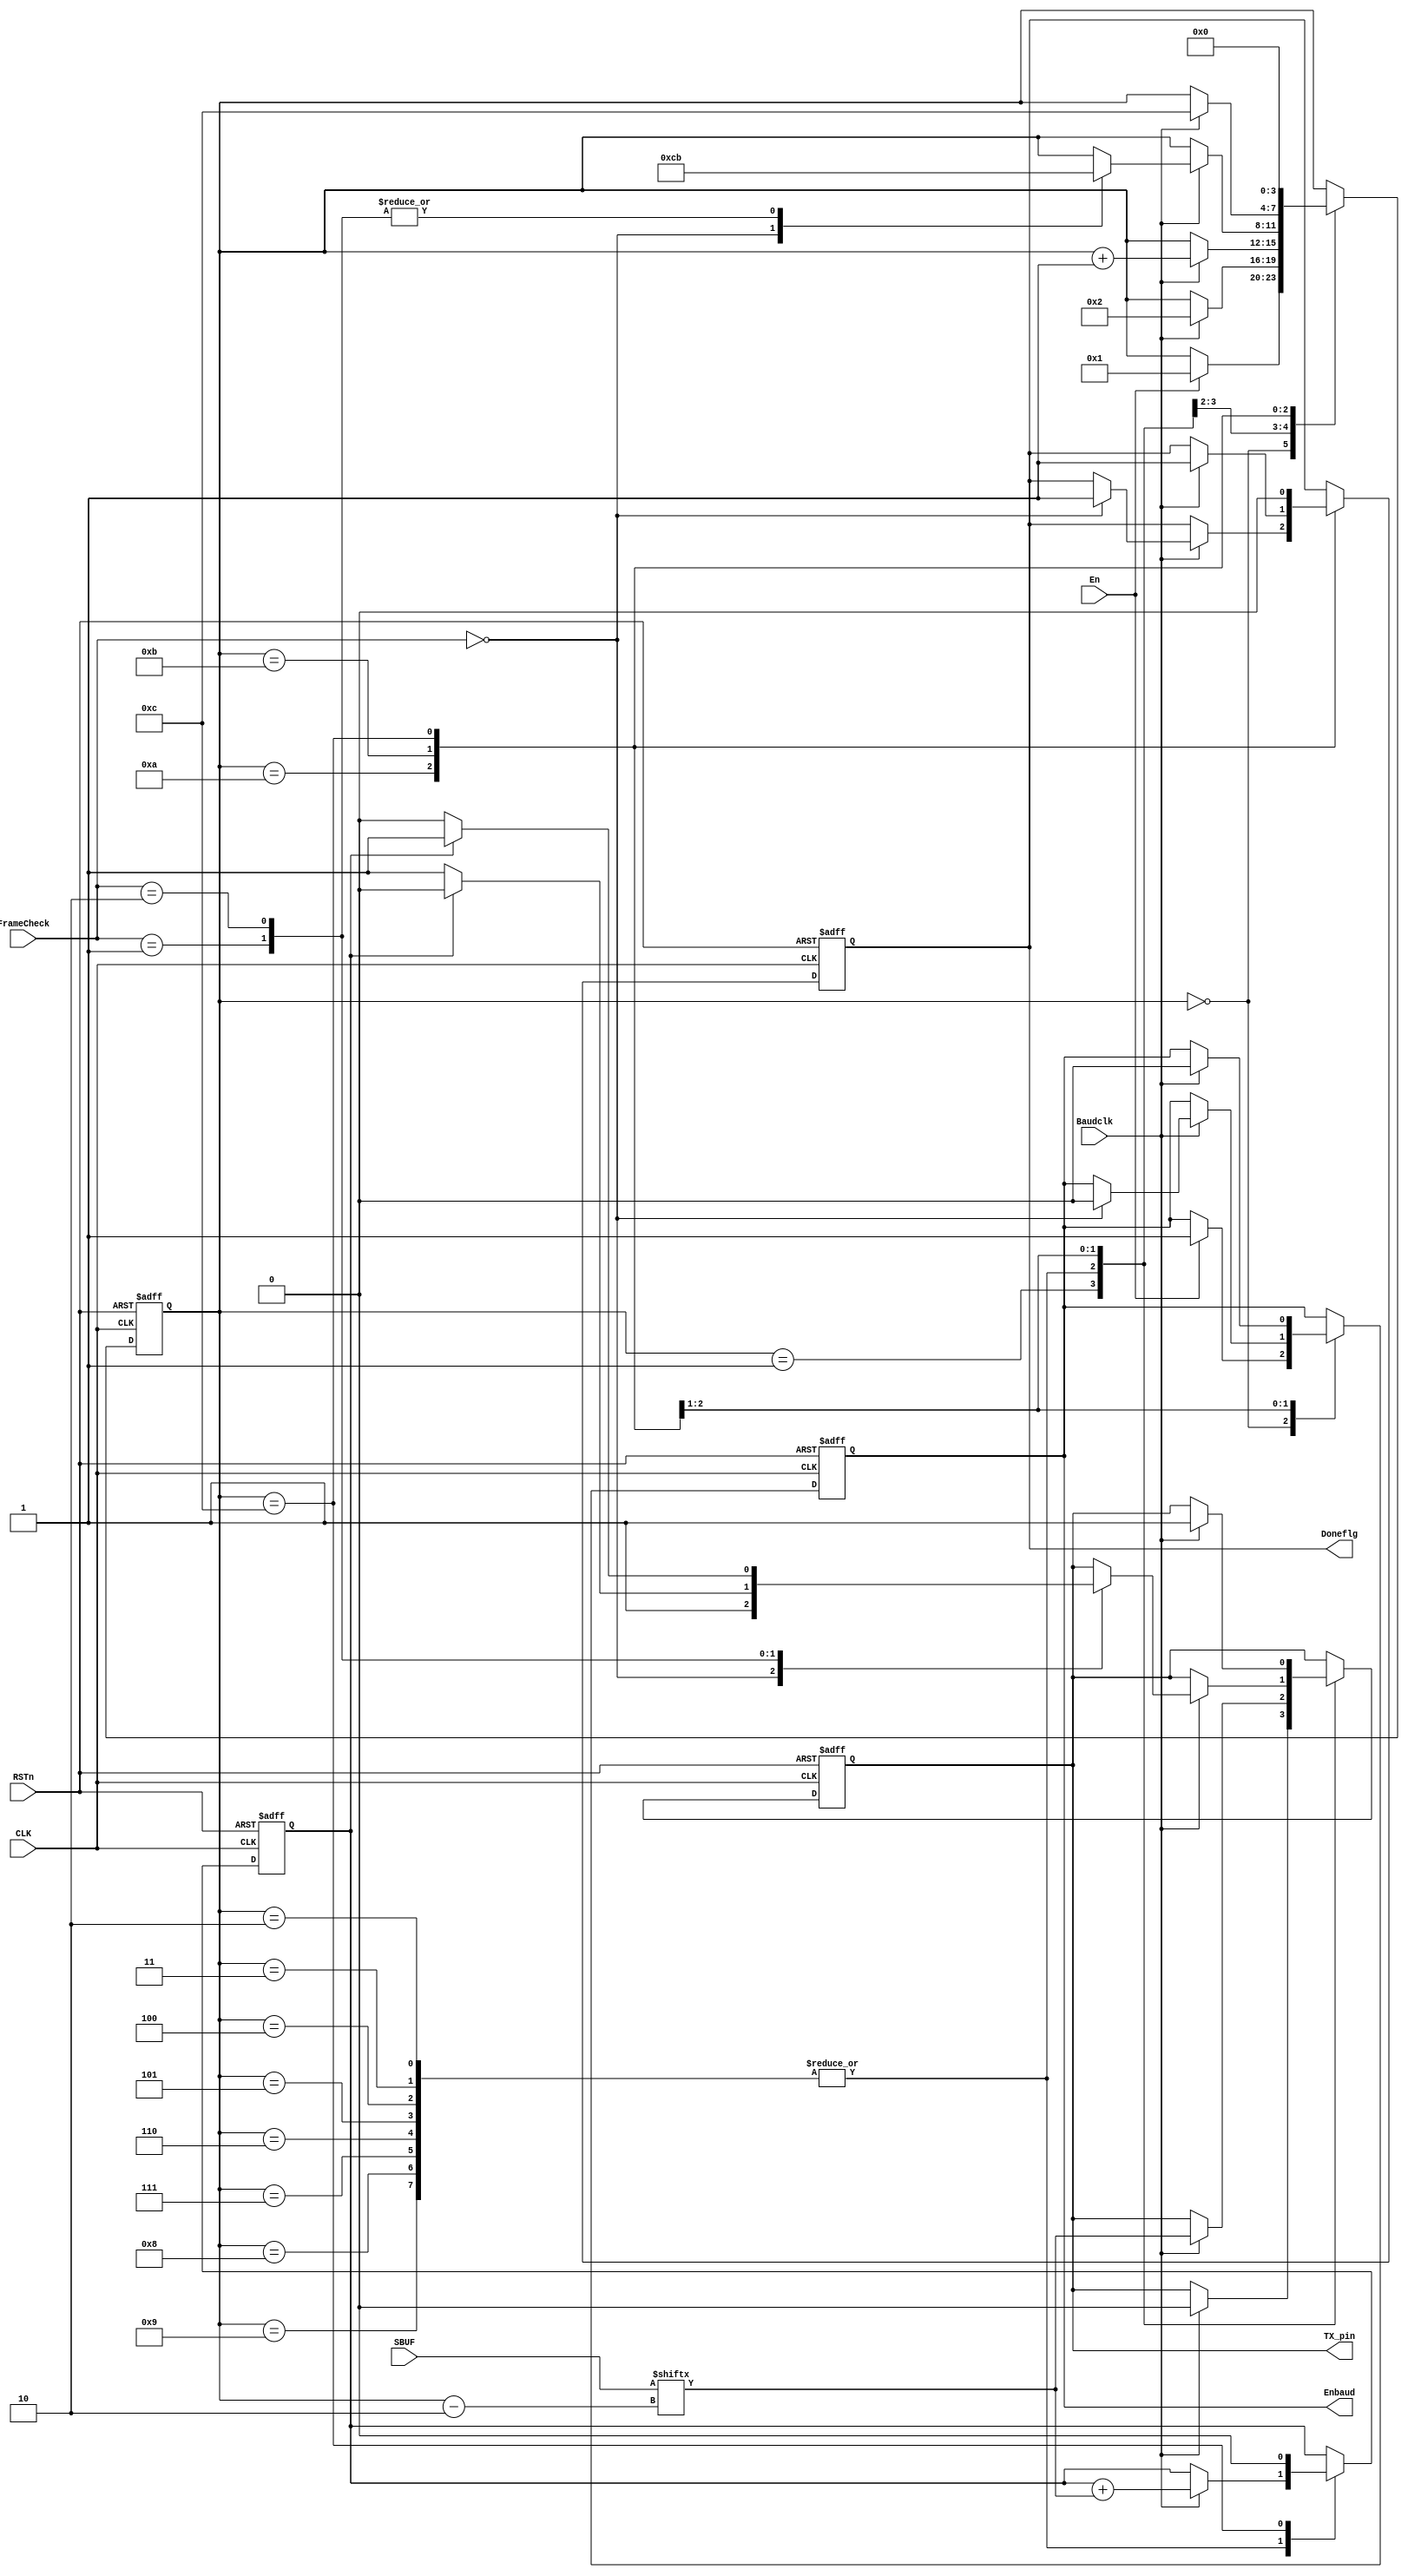
/**********************DAMMSTANGER COPYRIGHT @2016************************/	
//UART_tx_baudrate_module
//CLK=50MHz
//	 dammstanger
//	 20160426
/*************************************************************************/	
`define FRECLK	28'd50_000_000			//28bit
`define BAUDRATE 20'd115200
`define NONE_CHECK	2'd0
`define ODD_CHECK	2'd1					//
`define EVEN_CHECK	2'd2				//
module UART_tx_ctl_module (CLK, RSTn, En,SBUF,Baudclk,FrameCheck,TX_pin,Enbaud,Doneflg);
	input CLK;
	input RSTn;
	input En;
	input Baudclk;
	input [1:0]FrameCheck;
	input [7:0]SBUF;
	output TX_pin;
	output Enbaud;
	output Doneflg;
	/********************************************/
	reg [3:0]sta;
	reg rTX_pin;
	reg checkbit;
	reg rEnbaud;
	reg rDoneflg;
	
always @ ( posedge CLK or negedge RSTn )
		if( !RSTn )
		begin
			sta <= 4'd0;
			rTX_pin <= 1'b1;				//
			checkbit <= 1'b0;
			rEnbaud <= 1'b0;
			rDoneflg <= 1'b0;
		end
	else 
		case (sta)
			4'd0:
				if(En)
					begin
						sta <= 4'd1;
						rEnbaud <= 1'b1;
					end
			4'd1:
			if(Baudclk)
					begin
					rTX_pin <= 1'b0;		//0
					sta <= 4'd2;
					end
			4'd2,4'd3,4'd4,4'd5,4'd6,4'd7,4'd8,4'd9:
				if(Baudclk)
					begin						
					rTX_pin <= SBUF[sta-2];		//
					checkbit <= checkbit + SBUF[sta-2];
					sta <= sta + 4'd1;
					end
			4'd10:
				if(Baudclk)
					case (FrameCheck)
						`NONE_CHECK:
							begin
							rTX_pin <= 1'b1;			//
							rDoneflg <= 1'b1;
							rEnbaud <= 1'b0;
							sta <= 4'd12;
							end			
						`ODD_CHECK:							//
							begin
							if(checkbit)
								rTX_pin <= 1'b0;		//
							else
								rTX_pin <= 1'b1;
							sta <= 4'd11;
							end
						`EVEN_CHECK:						//
							begin
							if(!checkbit)
								rTX_pin <= 1'b0;		
							else
								rTX_pin <= 1'b1;
							sta <= 4'd11;
							end
					endcase
			4'd11:
				if(Baudclk)
					begin
					rTX_pin <= 1'b1;					//		
					rDoneflg <= 1'b1;
					rEnbaud <= 1'b0;
					sta <= 4'd12;
					end			
			4'd12:
				begin
				checkbit <= 1'b0;
				rDoneflg <= 1'b0;
				sta <= 4'd0;
				end
		endcase
		
/***********************************/
	assign TX_pin = rTX_pin;
	assign Enbaud = rEnbaud;
	assign Doneflg = rDoneflg;

endmodule

/**********************END OF FILE COPYRIGHT @2016************************/